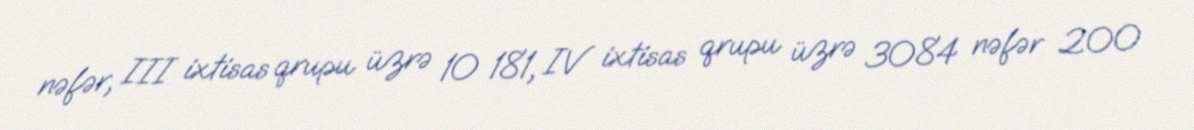
nəfər, III ixtisas qrupu üzrə 10 181, IV ixtisas qrupu üzrə 3084 nəfər 200